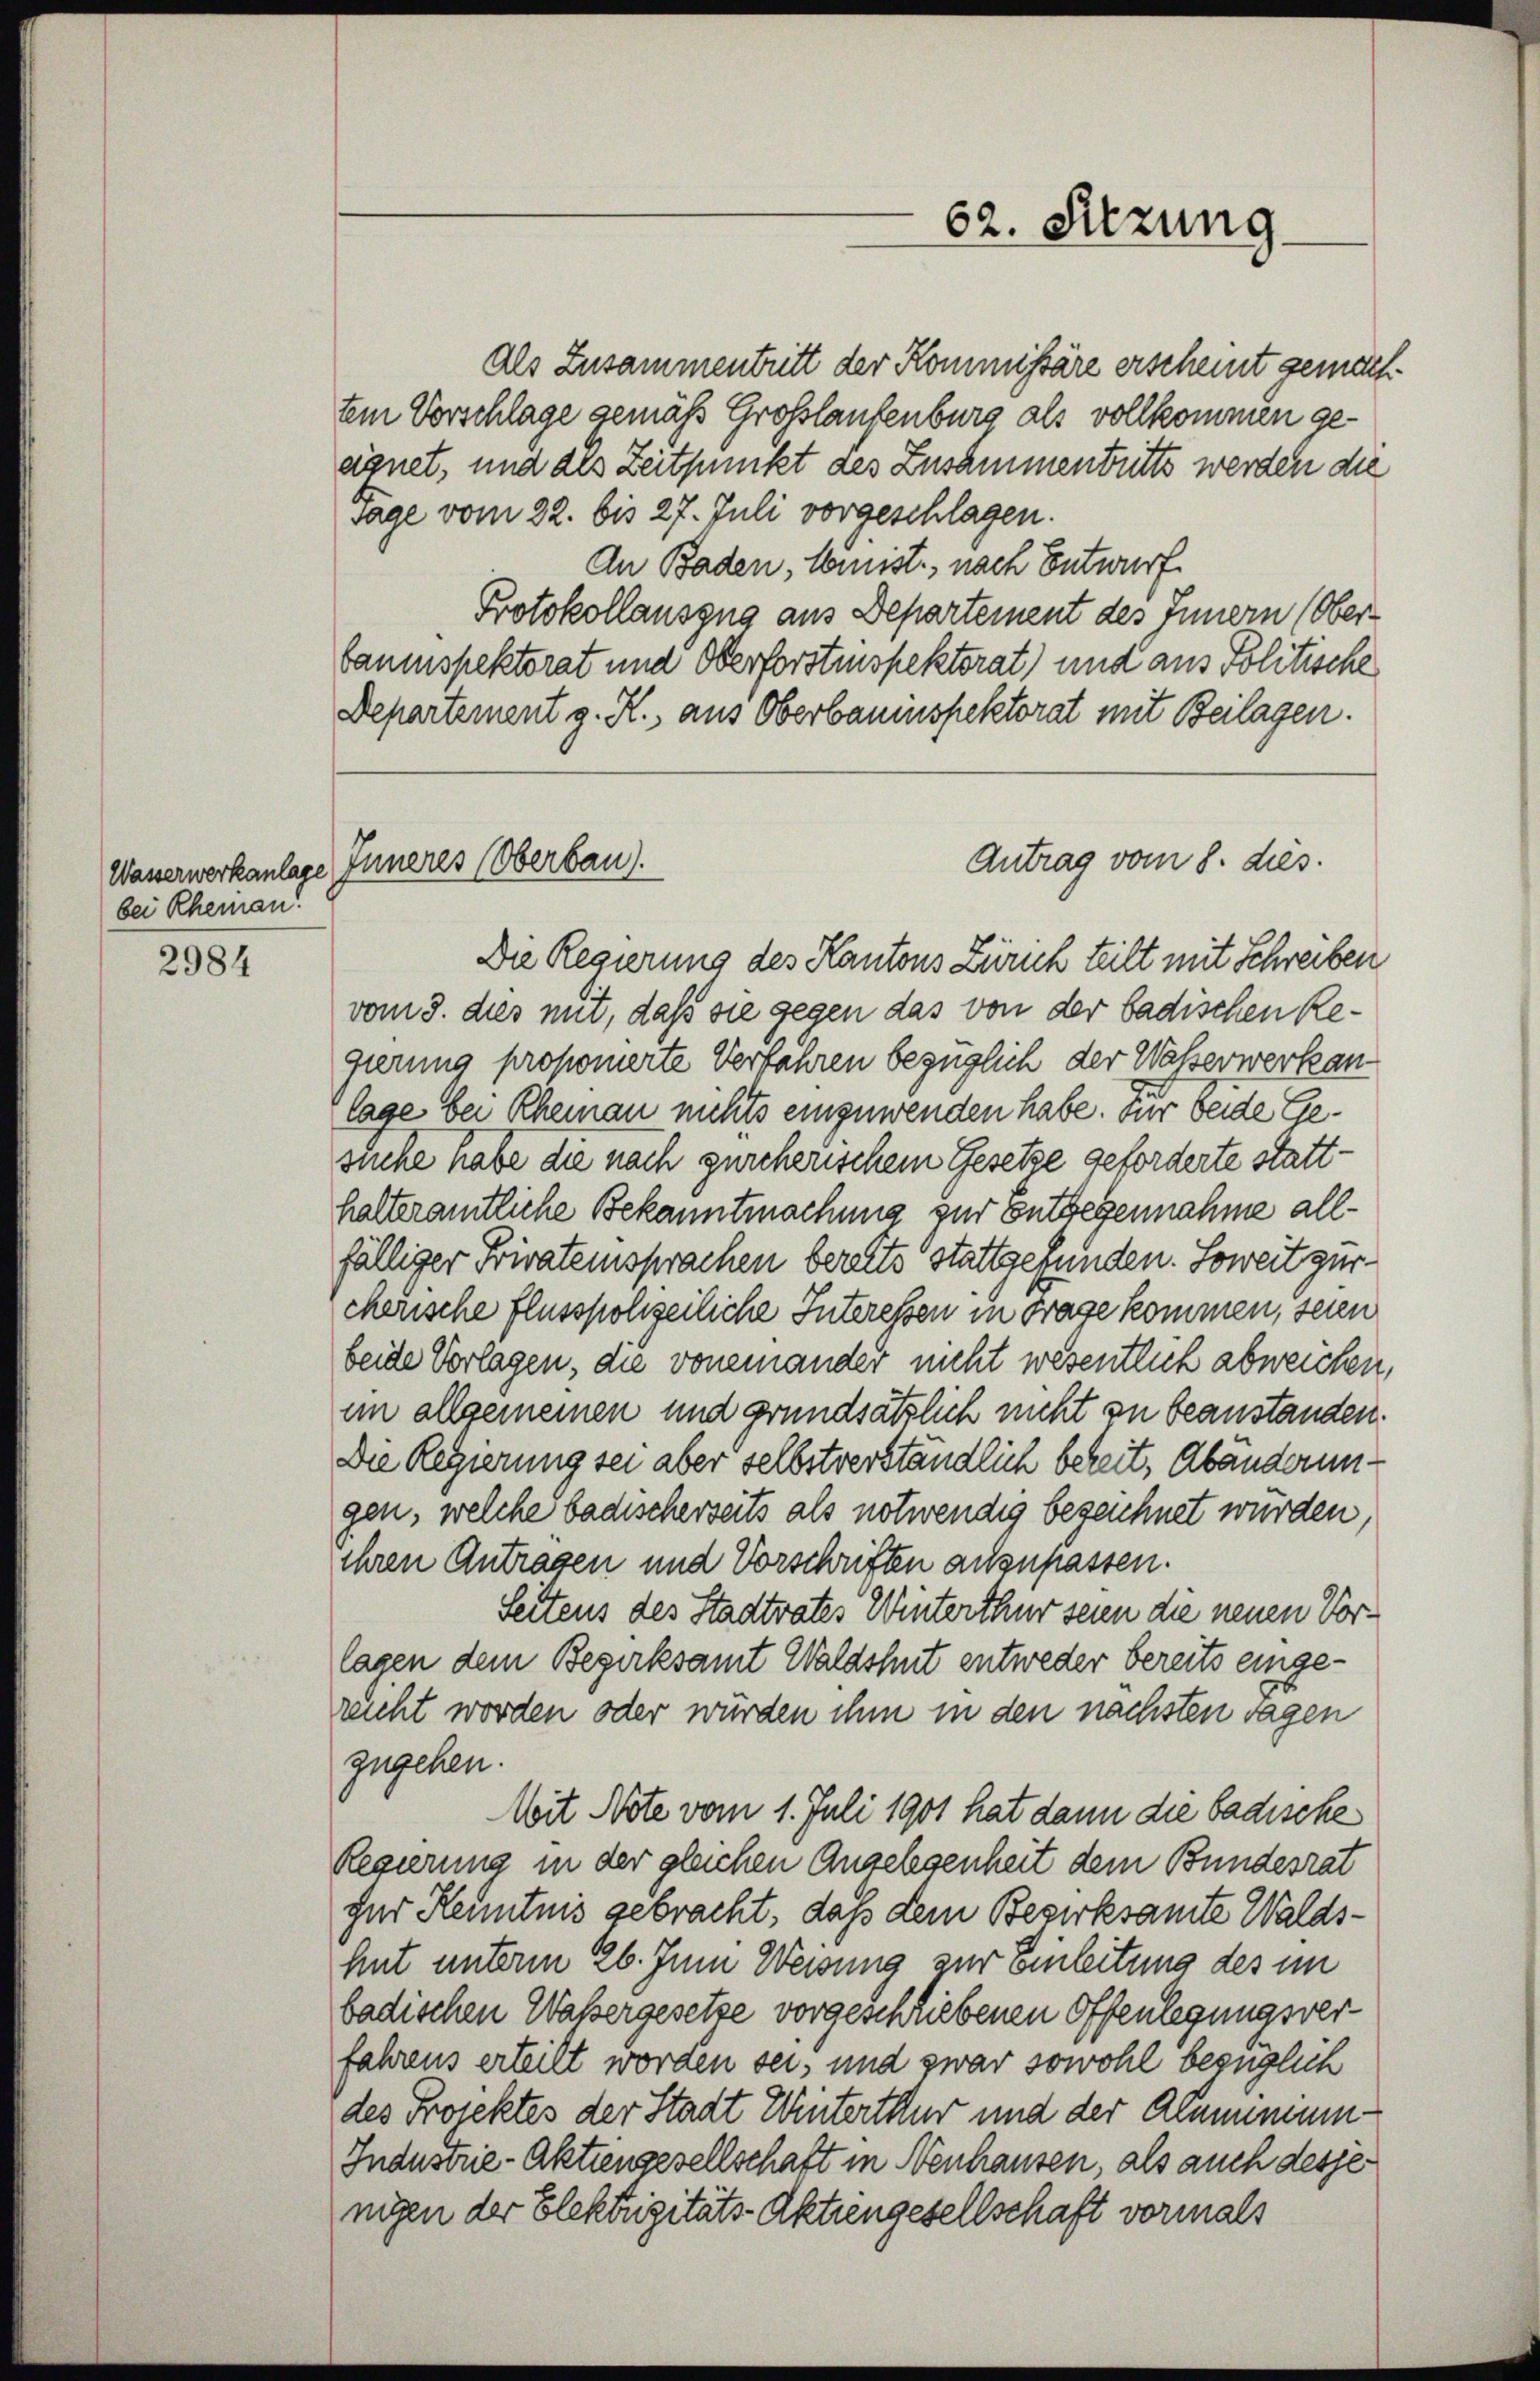
Wasserwerkanlag
bei Rheinau!
2984

Inneres (Oberbau).

62. Sitzung

Als Zusammentritt der Kommissäre erscheint gemachtem Vorschlage gemäß Großlaufenburg als vollkommen geeignet, und als Zeitpunkt des Zusammentutts werden die
sage vom 22. bis 27. Juli vorgeschlagen.
An Baden, leist, nach Entwurf
Protokollauszug aus Departement des Innern (Ober-
baumspektorat und Oberforstmspektorat) und aus Politische
Departement g. R., aus Oberbauinspektorat mit Beilagen.
Antrag vom 8. dies.
Die Regierung des Kantons Zürich teilt mit Schreiben
vom 3. dies mit, daß sie gegen das von der badischen Regierung proponierte Verfahren bezüglich der Waßerwerkanlage bei Rheinau nichts einzuwenden habe. Für Seide Gesuche habe die nach zürcherischem Gesetze geforderte statthalteramtliche Bekanntmachung zur Entgegennahme allfälliger Frivateinsprachen bereits stattgefunden. Soweit zur
cherische Flusspolizeiliche Interessen in Frage kommen, seien
beide Vorlagen, die voneinander nicht wesentlich abweichen,
im allgemeinen und grundsätzlich nicht zu beanstanden.
Die Regierung sei aber selbstverständlich bezeit, Abänderungen, welche badischerseits als notwendig bezeichnet würden,
ihren Antragen und Vorschriften anzupassen.
Seitens des Stadtrates Winterthur seien die neuen Vorlagen dem Bezirksamt Waldshut entweder bereits eingereicht worden oder würden ihm in den nächsten Tagen
zugehen.
Mit Note vom 1. Juli 1901 hat dann die badische
Regierung in der gleichen Angelegenheit dem Bundesrat
fur Kenntnis gebracht, daß dem Bezirksamte Waldshit unterm 26. Juni Weisung zur Einleitung des im
badischen Waßergesetze vorgeschriebenen Offenlegungsverfahrens erteilt worden sei, und zwar sowohl bezüglich
des Prorektes der Stadt Winterthur und der Klammenen¬
Industrie-Aktiengesellschaft in Neuhausen, als auch dessenigen der Elektrizitäts-Aktiengesellschaft vormals